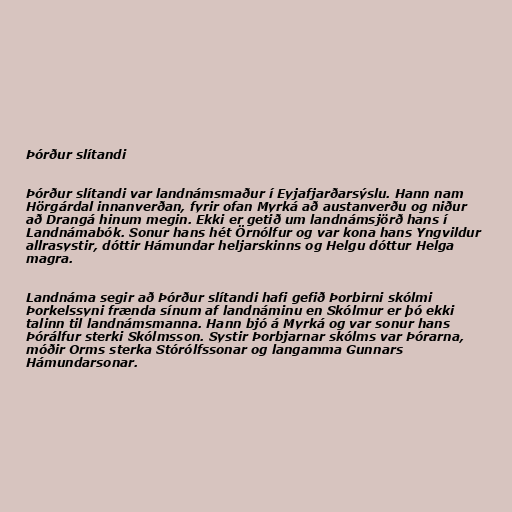
Þórður slítandi

Þórður slítandi var landnámsmaður í Eyjafjarðarsýslu. Hann nam
Hörgárdal innanverðan, fyrir ofan Myrká að austanverðu og niður
að Drangá hinum megin. Ekki er getið um landnámsjörð hans í
Landnámabók. Sonur hans hét Örnólfur og var kona hans Yngvildur
allrasystir, dóttir Hámundar heljarskinns og Helgu dóttur Helga
magra.

Landnáma segir að Þórður slítandi hafi gefið Þorbirni skólmi
Þorkelssyni frænda sínum af landnáminu en Skólmur er þó ekki
talinn til landnámsmanna. Hann bjó á Myrká og var sonur hans
Þórálfur sterki Skólmsson. Systir Þorbjarnar skólms var Þórarna,
móðir Orms sterka Stórólfssonar og langamma Gunnars
Hámundarsonar.